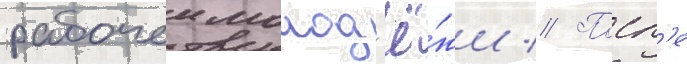
рабочеи молод'ё́жи // Посл'е